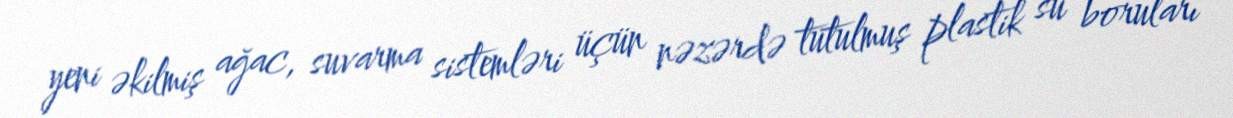
yeni əkilmiş ağac, suvarma sistemləri üçün nəzərdə tutulmuş plastik su boruları